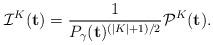
LaTeX: \begin{align*} \mathcal{I}^K(\mathbf{t}) = \frac{1}{P_\gamma(\mathbf{t})^{(|K| + 1)/2}} \mathcal{P}^K(\mathbf{t}). \end{align*}